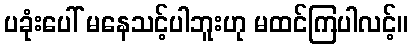
ပခုံးပေါ် မနေသင့်ပါဘူးဟု မထင်ကြပါလင့်။